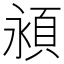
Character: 𬱁